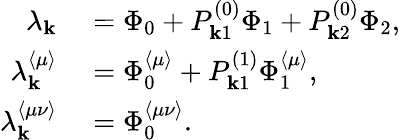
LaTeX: \begin{array}{rl}{\lambda_{\mathbf{k}}}&{{}=\Phi_{0}+P_{\mathbf{k}1}^{(0)}\Phi_{1}+P_{\mathbf{k}2}^{(0)}\Phi_{2},}\\ {\lambda_{\mathbf{k}}^{\langle\mu\rangle}}&{{}=\Phi_{0}^{\langle\mu\rangle}+P_{\mathbf{k}1}^{(1)}\Phi_{1}^{\langle\mu\rangle},}\\ {\lambda_{\mathbf{k}}^{\langle\mu\nu\rangle}}&{{}=\Phi_{0}^{\langle\mu\nu\rangle}.}\end{array}